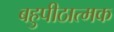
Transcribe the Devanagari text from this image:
बहुपीठात्मक